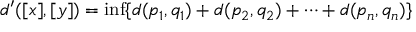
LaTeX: d ^ { \prime } ( [ x ] , [ y ] ) = \operatorname* { i n f } \{ d ( p _ { 1 } , q _ { 1 } ) + d ( p _ { 2 } , q _ { 2 } ) + \dotsb + d ( p _ { n } , q _ { n } ) \}